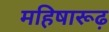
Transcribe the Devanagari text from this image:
महिषारूढ़